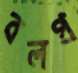
বলপ্র